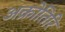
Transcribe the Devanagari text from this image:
अक्रोतिरि